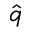
\hat { q }